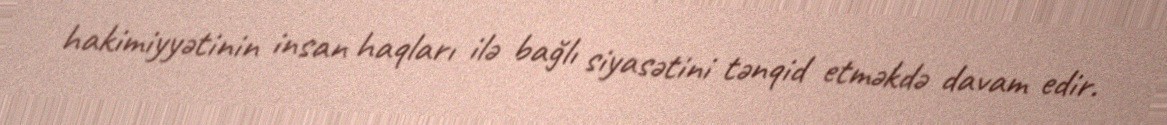
hakimiyyətinin insan haqları ilə bağlı siyasətini tənqid etməkdə davam edir.